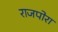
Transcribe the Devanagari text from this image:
राजपोरा